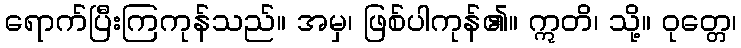
ရောက်ပြီးကြကုန်သည်။ အမှ၊ ဖြစ်ပါကုန်၏။ ဣတိ၊ သို့။ ဝုတ္တေ၊